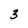
Character: 3